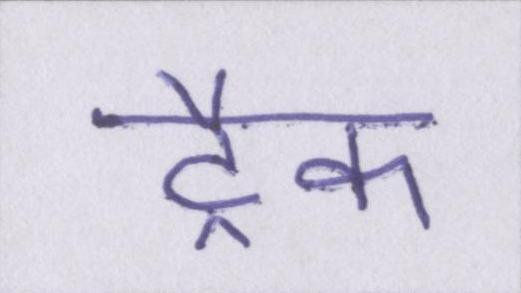
ट्रैक